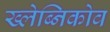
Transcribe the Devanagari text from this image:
ख्लेब्निकोव